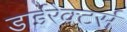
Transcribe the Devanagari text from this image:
डाईरेक्टर्स